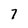
Character: 7